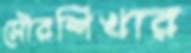
সৌরশিখার